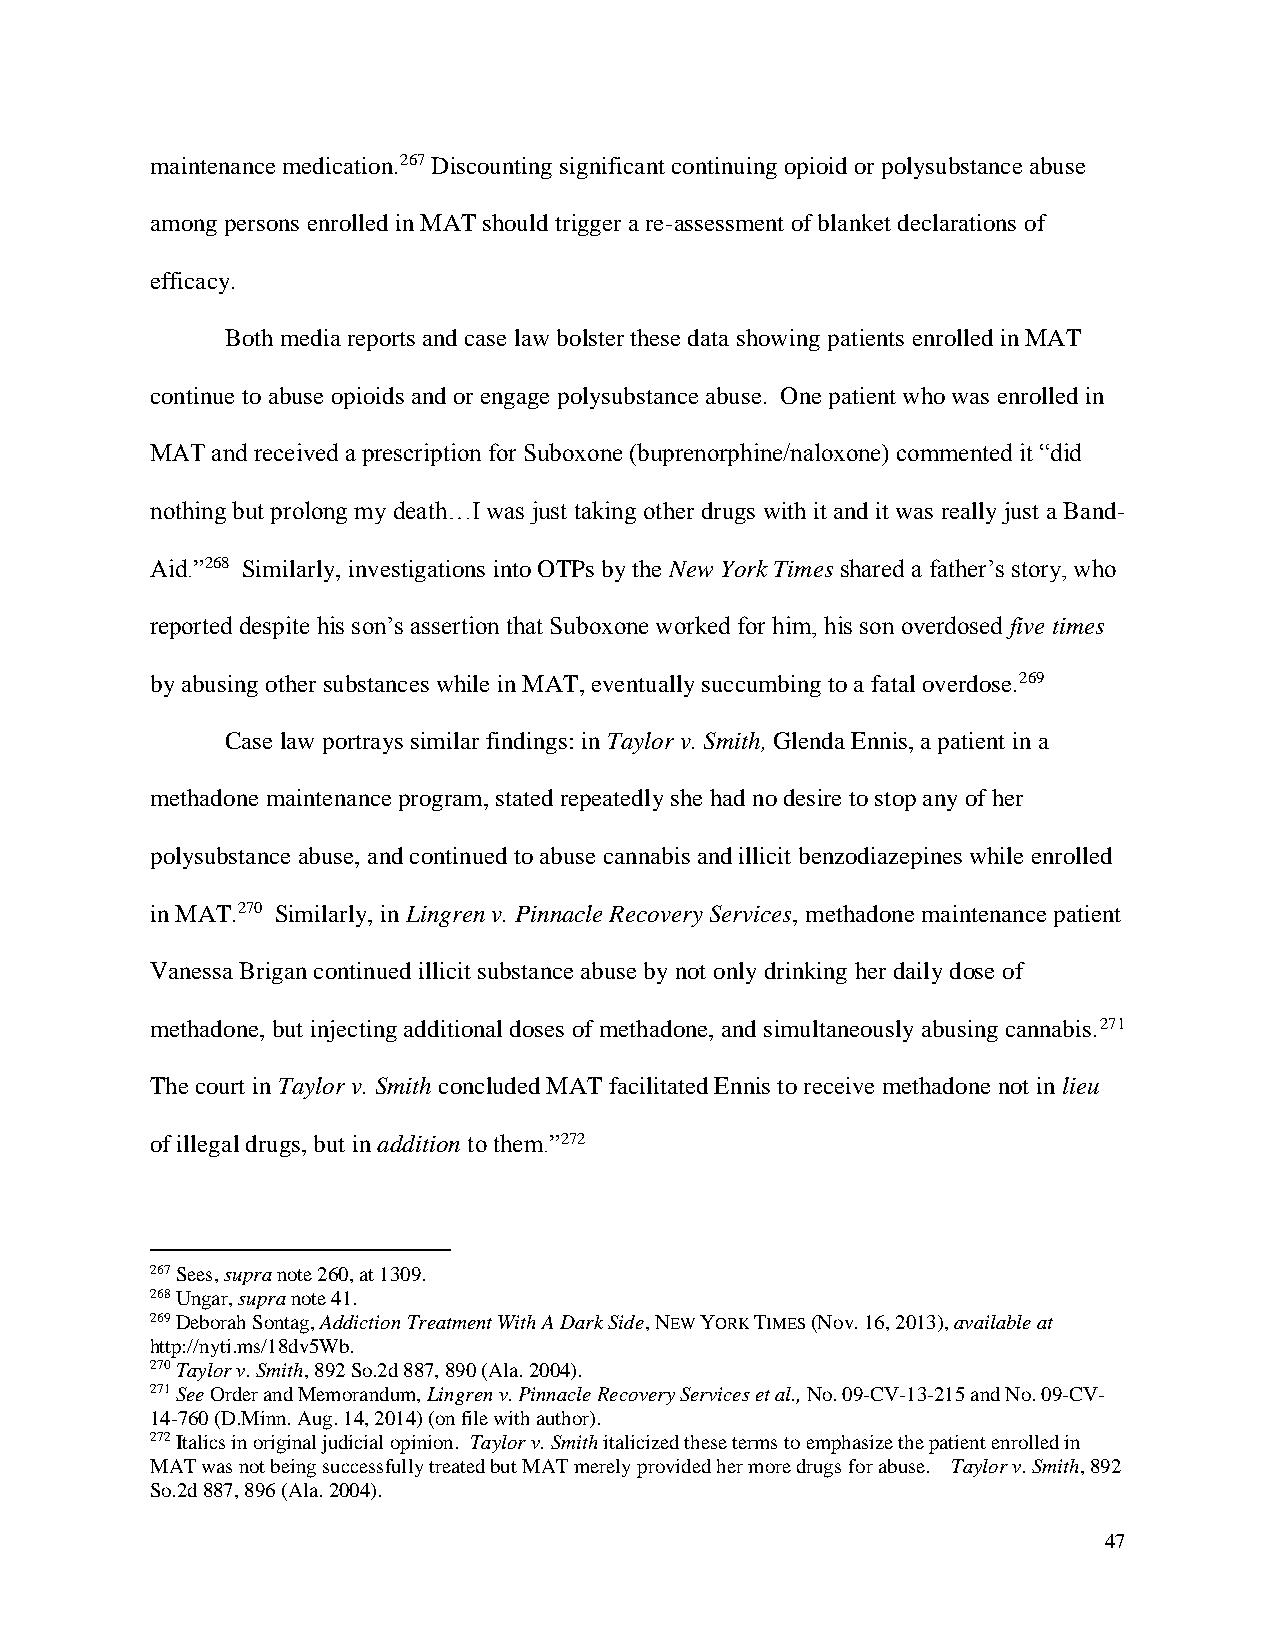
maintenance medication.267 Discounting significant continuing opioid or polysubstance abuse
 among persons enrolled in MAT should trigger a re-assessment of blanket declarations of
 efficacy.
 Both media reports and case law bolster these data showing patients enrolled in MAT
 continue to abuse opioids and or engage polysubstance abuse. One patient who was enrolled in
 MAT and received a prescription for Suboxone (buprenorphine/naloxone) commented it “did
 nothing but prolong my death…I was just taking other drugs with it and it was really just a Band-
 Aid.”268 Similarly, investigations into OTPs by the New York Times shared a father’s story, who
 reported despite his son’s assertion that Suboxone worked for him, his son overdosed five times
 by abusing other substances while in MAT, eventually succumbing to a fatal overdose.269
 Case law portrays similar findings: in Taylor v. Smith, Glenda Ennis, a patient in a
 methadone maintenance program, stated repeatedly she had no desire to stop any of her
 polysubstance abuse, and continued to abuse cannabis and illicit benzodiazepines while enrolled
 in MAT.270 Similarly, in Lingren v. Pinnacle Recovery Services, methadone maintenance patient
 Vanessa Brigan continued illicit substance abuse by not only drinking her daily dose of
 methadone, but injecting additional doses of methadone, and simultaneously abusing cannabis.271
 The court in Taylor v. Smith concluded MAT facilitated Ennis to receive methadone not in lieu
 of illegal drugs, but in addition to them.”272
 267 Sees, supra note 260, at 1309.
 268 Ungar, supra note 41.
 269 Deborah Sontag, Addiction Treatment With A Dark Side, NEW YORK TIMES (Nov. 16, 2013), available at
 http://nyti.ms/18dv5Wb.
 270 Taylor v. Smith, 892 So.2d 887, 890 (Ala. 2004).
 271 See Order and Memorandum, Lingren v. Pinnacle Recovery Services et al., No. 09-CV-13-215 and No. 09-CV-
 14-760 (D.Minn. Aug. 14, 2014) (on file with author).
 272 Italics in original judicial opinion. Taylor v. Smith italicized these terms to emphasize the patient enrolled in
 MAT was not being successfully treated but MAT merely provided her more drugs for abuse. Taylor v. Smith, 892
 So.2d 887, 896 (Ala. 2004).
 47